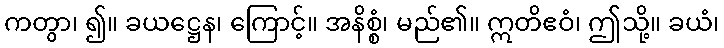
ကတွာ၊ ၍။ ခယဋ္ဌေန၊ ကြောင့်။ အနိစ္စံ၊ မည်၏။ ဣတိဧဝံ၊ ဤသို့။ ခယံ၊